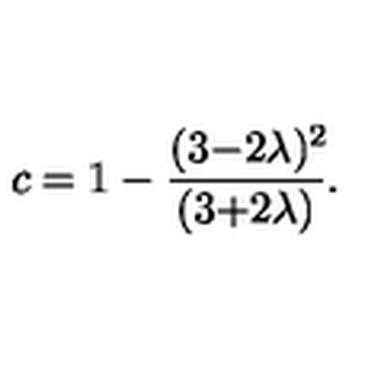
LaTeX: c = 1 - \frac { ( 3 { - } 2 \lambda ) ^ { 2 } \! } { ( 3 { + } 2 \lambda ) } .